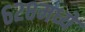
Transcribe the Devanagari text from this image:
६२८मध्ये